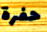
حفرة